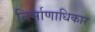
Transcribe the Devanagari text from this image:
निर्माणाधिकार